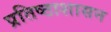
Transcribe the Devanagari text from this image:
प्रतिष्ठाशासन